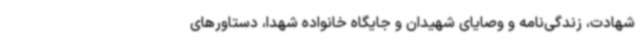
شهادت، زندگی‌نامه و وصایای شهیدان و جایگاه خانواده شهدا، دستاورهای